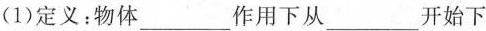
(1)定义：物体___作用下从___开始下